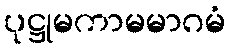
ပုဋ္ဌုမကာမမာဂမံ